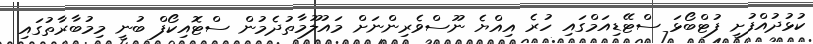
ކުޅުދުއްފުށީ ފުޓްބޯޅަ ސްޓޭޑިއަމްގައި ހުރެ އިއްޔެ ނޫސްވެރިންނަށް މައުލޫމާތުދެމުން ސްޓޮއިކޯފް ބުނީ މިމުބާރާތުގައި